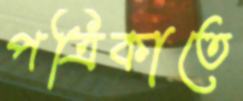
পত্রিকাতে